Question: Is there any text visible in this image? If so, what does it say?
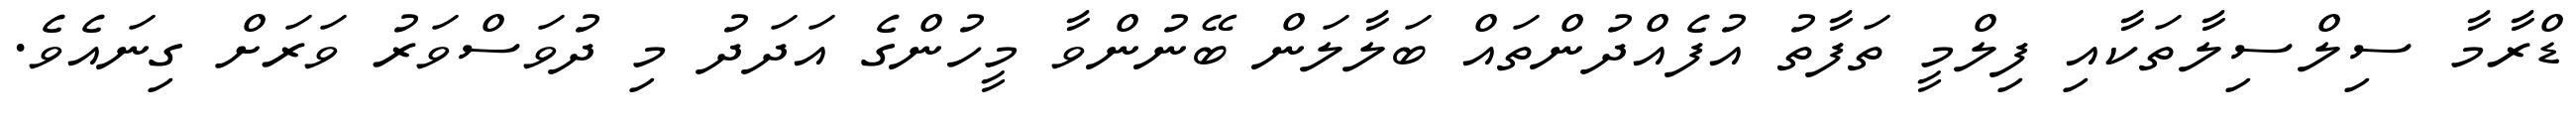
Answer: ޑްރާމާ ސިލްސިލާތަކާއި ފިލްމީ ތަފާތު އުފެއްދުންތައް ބަލާލަން ބޭނުންވާ މީހުންގެ އަދަދު މި ދުވަސްވަރު ވަރަށް ގިނައެވެ.